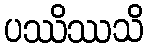
ပဿိဿသိ